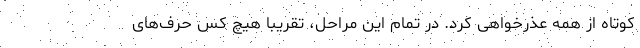
کوتاه از همه عذرخواهی کرد. در تمام این مراحل، تقریبا هیچ کس حرف‌های